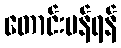
တောင်းပန်ရန်